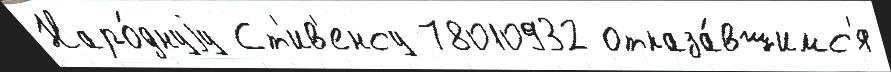
Наро́днуjу Ст'ив'енсу 78010932 отказа́вшимс'я